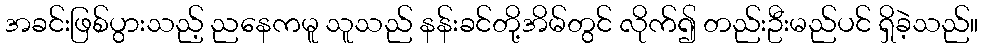
အခင်းဖြစ်ပွားသည့် ညနေကမူ သူသည် နန်းခင်တို့အိမ်တွင် လိုက်၍ တည်းဦးမည်ပင် ရှိခဲ့သည်။